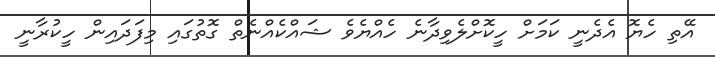
އޭތި ހެޔޮ އެދެނީ ކަމަށް ހީކޮށްލެވިދާނެ ހެއްޔެވެ ޝައްކެއްނެތް ގޮތުގައި މިފަދައިން ހީކުރާނީ